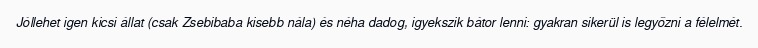
Jóllehet igen kicsi állat (csak Zsebibaba kisebb nála) és néha dadog, igyekszik bátor lenni: gyakran sikerül is legyőzni a félelmét.